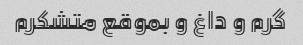
گرم و داغ و بموقع متشکرم